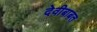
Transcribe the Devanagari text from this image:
देवीबाबत